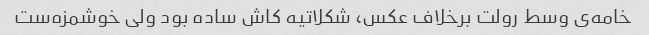
خامه‌ی وسط رولت برخلاف عکس، شکلاتیه کاش ساده بود ولی خوشمزه‌ست